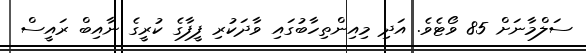
ސަލްމާނަށް 85 ވޯޓެވެ. އަދި މިއިންތިހާބުގައި ވާދަކުރި ފީފާގެ ކުރީގެ ނާއިބް ރައީސް